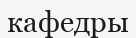
кафедры